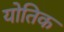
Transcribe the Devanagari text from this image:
योतिक